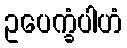
ဥပေက္ခံပါဟံ